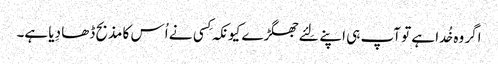
اگر وہ خُدا ہے تو آپ ہی اپنے لِئے جھگڑے کیونکہ کِسی نے اُس کا مذبح ڈھا دِیا ہے۔